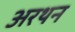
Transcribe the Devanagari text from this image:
अरथन